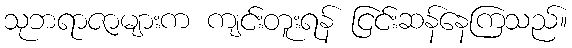
သုဘရာဇာများက ကျင်းတူးရန် ငြင်းဆန်နေကြသည်။